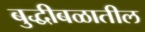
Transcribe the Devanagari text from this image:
बुद्धीबळातील